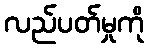
လည်ပတ်မှုကို